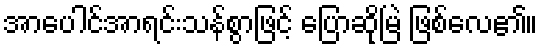
အာပေါင်အာရင်းသန်စွာဖြင့် ပြောဆိုမြဲ ဖြစ်လေ၏။